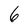
Character: 6